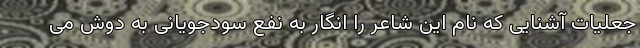
جعلیات آشنایی که نام این شاعر را انگار به نفع سودجویانی به دوش می